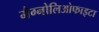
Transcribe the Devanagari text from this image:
मैग्नोलिओफाइटा